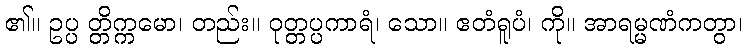
၏။ ဥပ္ပ တ္တိက္ကမော၊ တည်း။ ဝုတ္တပ္ပကာရံ၊ သော။ ဧတံရူပံ၊ ကို။ အာရမ္မဏံကတွာ၊